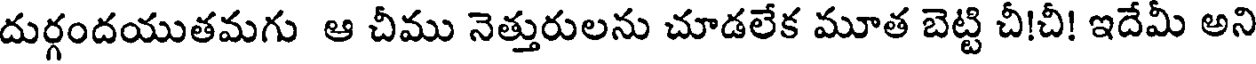
దుర్గందయుతమగు ఆ చీము నెత్తురులను చూడలేక మూత బెట్టి చీ!చీ! ఇదేమీ అని